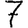
Digit: 7